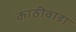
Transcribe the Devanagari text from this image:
काठीवाडा